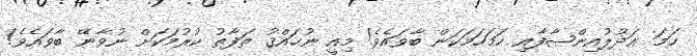
ހަމަ ޢަދުލުއިންޞާފާއި ހަމަހަމަކަން ބާވައެވެ! މިއީ ނުޙައްޤު ތަފާތު ކުރުމަކަށް ނުވާނޭ ބާވައެވެ!